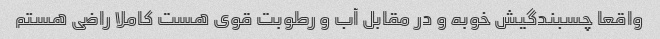
واقعا چسبندگیش خوبه و در مقابل آب و رطوبت قوی هست کاملا راضی هستم